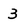
Character: 3